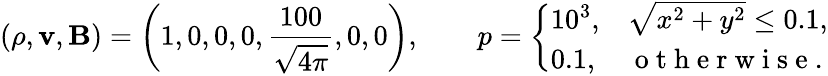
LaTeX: (\rho,\mathbf{v},\mathbf{B})=\left(1,0,0,0,\frac{100}{\sqrt{4\pi}},0,0\right),\qquad p=\left\{ \begin{array}{ll}{10^{3},}&{\sqrt{x^{2}+y^{2}}\leq 0.1,}\\ {0.1,}&{\mathrm{~o~t~h~e~r~w~i~s~e~}.}\end{array}\right.